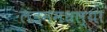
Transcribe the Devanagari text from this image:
लंडममधल्या